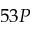
5 3 P